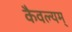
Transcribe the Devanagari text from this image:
कैवल्यम्